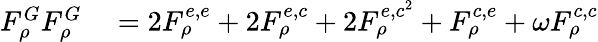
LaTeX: \begin{array}{rl}{F_{\rho}^{G}F_{\rho}^{G}}&{{}=2F_{\rho}^{e,e}+2F_{\rho}^{e,c}+2F_{\rho}^{e,c^{2}}+F_{\rho}^{c,e}+\omega F_{\rho}^{c,c}}\end{array}